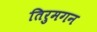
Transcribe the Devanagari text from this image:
तिरुमगन